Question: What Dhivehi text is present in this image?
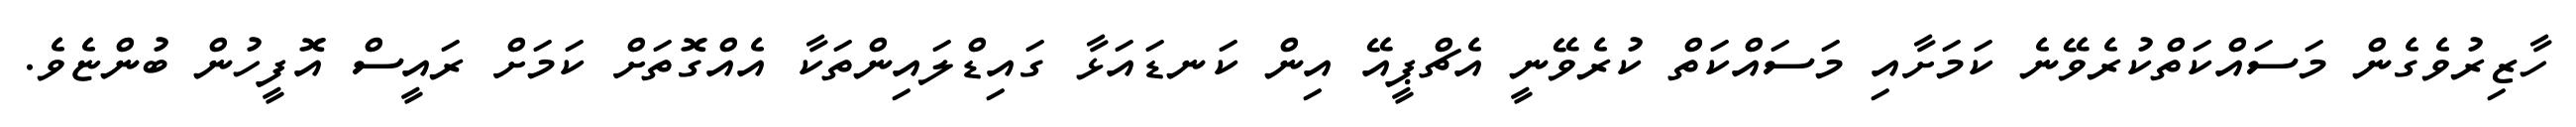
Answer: ހާޒިރުވެގެން މަސައްކަތްކުރެވޭނެ ކަމަށާއި މަސައްކަތް ކުރެވޭނީ އެޗްޕީއޭ އިން ކަނޑައަޅާ ގައިޑްލައިންތަކާ އެއްގޮތަށް ކަމަށް ރައީސް އޮފީހުން ބުންޏެވެ.